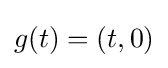
g(t)=(t,0)